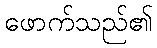
ဖောက်သည်၏